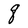
Character: q